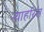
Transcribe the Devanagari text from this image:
न्याहरिस